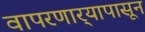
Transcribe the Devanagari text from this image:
वापरणार्‍यापासून